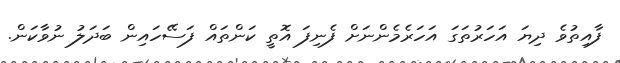
ފާއިތުވެ ދިޔަ އަހަރުތަގަ އަހަރެމެންނަށް ފެނިފަ އޮތީ ކަންތައް ފަސޭހައިން ބަދަލު ނުވާކަން.